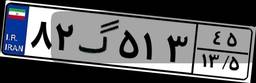
۴۲گ۳۰۵۶۴